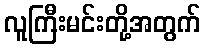
လူကြီးမင်းတို့အတွက်